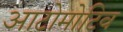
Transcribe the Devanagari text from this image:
आटोमोटिव